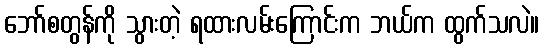
ဘော်စတွန်ကို သွားတဲ့ ရထားလမ်းကြောင်းက ဘယ်က ထွက်သလဲ။